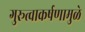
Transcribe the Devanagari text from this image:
गुरूत्वाकर्षणामुळे